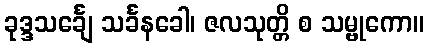
ခုဒ္ဒသင်္ချေ သင်္ခနခေါ၊ ဇလသုတ္တိ စ သမ္ဗုကော။